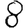
Digit: 8